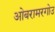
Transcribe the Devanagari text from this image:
ओबरामरगोउ